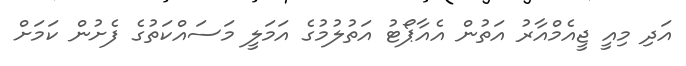
އަދި މިއީ ޖީއެމްއާރު އަތުން އެއާޕޯޓު އަތުލުމުގެ އަމަލީ މަސައްކަތުގެ ފެށުން ކަމަށް